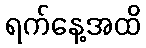
ရက်နေ့အထိ